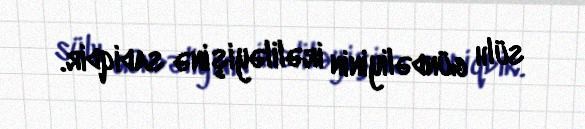
sülh gündəliyinin irəliləyişinə sadiqdir.